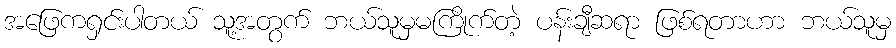
အဖြေကရှင်းပါတယ် သူ့အတွက် ဘယ်သူမှမကြိုက်တဲ့ ပန်းချီဆရာ ဖြစ်ရတာဟာ ဘယ်သူမှ